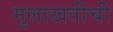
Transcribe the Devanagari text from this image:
मुलाखतीची